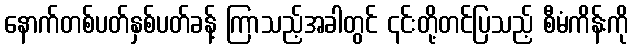
နောက်တစ်ပတ်နှစ်ပတ်ခန့် ကြာသည့်အခါတွင် ၎င်းတို့တင်ပြသည့် စီမံကိန်းကို